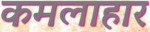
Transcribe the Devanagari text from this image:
कमलाहार